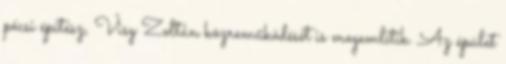
pécsi építész, Visy Zoltán közreműködését is megemlítik. Az épület